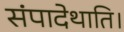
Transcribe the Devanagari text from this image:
संपादेथाति।